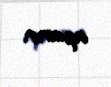
aparır.